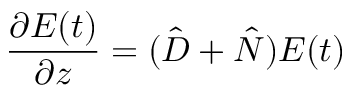
\frac { \partial E ( t ) } { \partial z } = ( \hat { D } + \hat { N } ) E ( t )